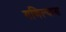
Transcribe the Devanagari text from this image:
गणिल्यास